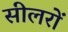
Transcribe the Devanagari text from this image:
सीलरों